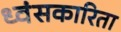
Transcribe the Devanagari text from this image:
ध्वंसकारिता